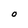
Character: O